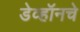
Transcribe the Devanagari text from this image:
डेव्हॉनचे